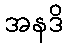
အနဒိ